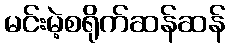
မင်းမဲ့စရိုက်ဆန်ဆန်